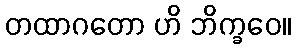
တထာဂတော ဟိ ဘိက္ခဝေ။